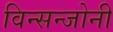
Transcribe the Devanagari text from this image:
विन्सन्जोनी